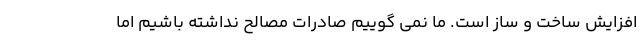
افزایش ساخت و ساز است. ما نمی گوییم صادرات مصالح نداشته باشیم اما